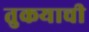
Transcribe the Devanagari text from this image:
तुकयाची